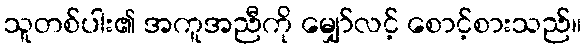
သူတစ်ပါး၏ အကူအညီကို မျှော်လင့် စောင့်စားသည်။